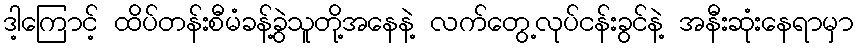
ဒါ့ကြောင့် ထိပ်တန်းစီမံခန့်ခွဲသူတို့အနေနဲ့ လက်တွေ့လုပ်ငန်းခွင်နဲ့ အနီးဆုံးနေရာမှာ